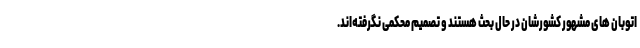
اتوبان های مشهور کشورشان در حال بحث هستند و تصمیم محکمی نگرفته‌اند.